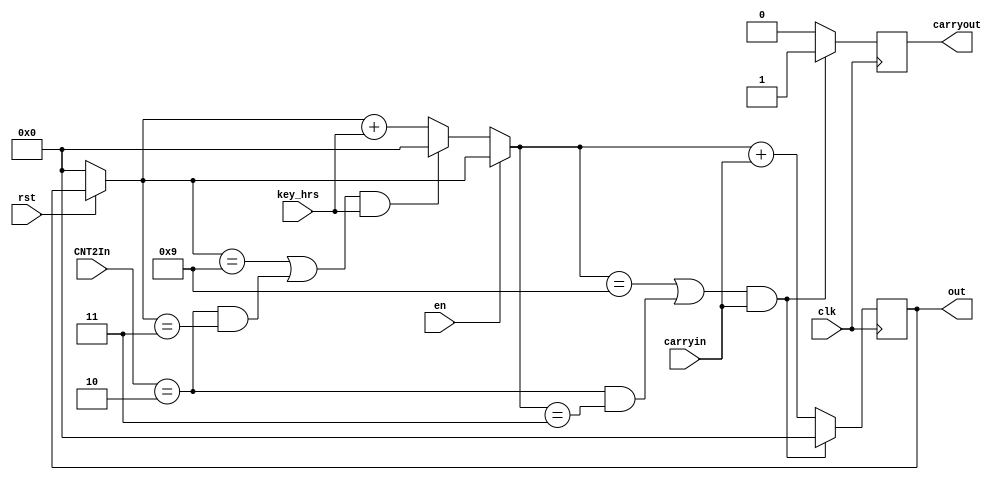
module CNT4(clk, en, rst, key_hrs, carryin, CNT2In, out, carryout);
	input				clk;
	input				en;
	input				rst;
	input               key_hrs;
	input				carryin;
	input [7:0]     	CNT2In;
	output reg [7:0]	out;
	output reg          carryout;

	always @(posedge clk) begin
		if (!rst) begin
			out = 8'b00000000;
			carryout = 0;
		end
		if (!en) begin
			if ((out == 8'd9 || CNT2In == 8'd2 && out == 8'd3) && key_hrs == 1) begin
				out = 8'b00000000;
				carryout = 1;
			end // end if if
			else begin
				out = out + key_hrs;
				carryout = 0;
			end // end if else
		end
		if ((out == 8'd9 || CNT2In == 8'd2 && out == 8'd3) && carryin == 1) begin
			out = 8'b00000000;
			carryout = 1;
		end // end if if
		else begin
			out = out + carryin;
			carryout = 0;
		end // end if else
	end // end always
	
endmodule